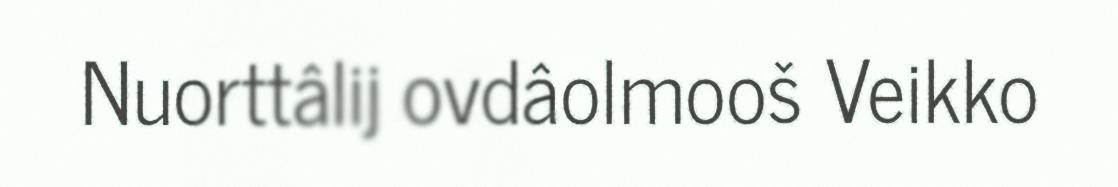
Nuorttâlij ovdâolmooš Veikko